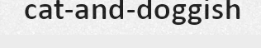
cat-and-doggish